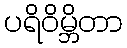
ပရိဝိမ္ဘိတာ